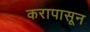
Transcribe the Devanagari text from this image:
करापासून